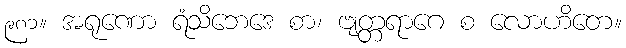
၉၈၁။ အရုဏော ရံသိဘေဒေ စာ၊ ဗျတ္တရာဂေ စ လောဟိတေ။